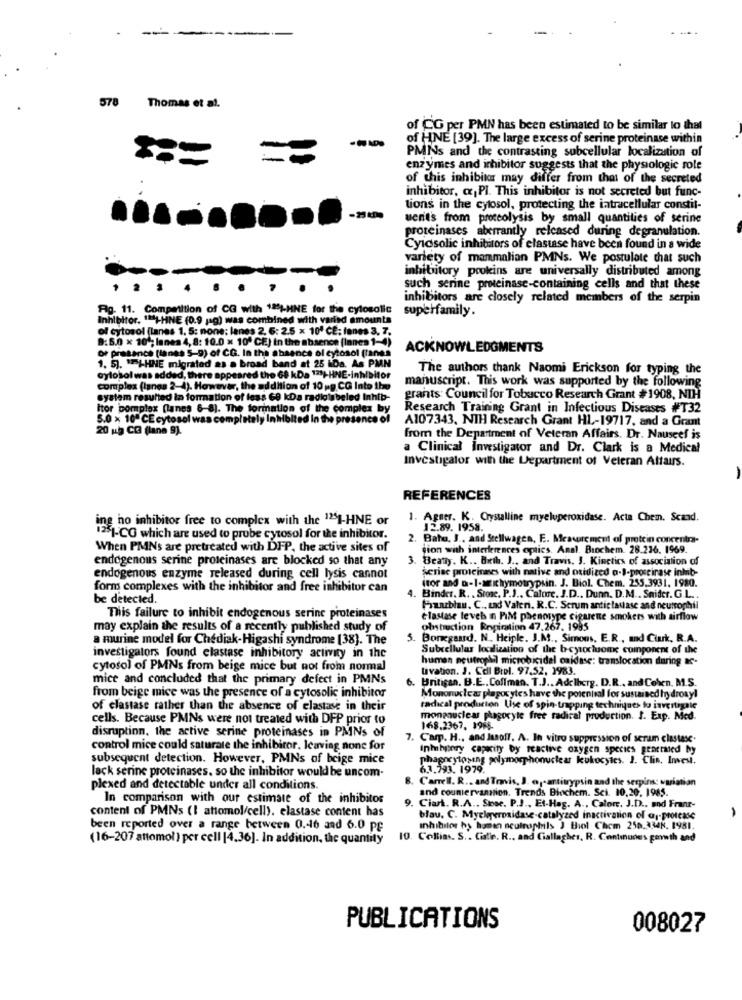
-------
578 Thomas et al.
of CG per PMN has been estimated to be similar to that
---
of HNE [39]. The large excess of serine proteinase within
PMNs and the contrasting subcellular localization of
enzymes and inhibitor suggests that the physiologic role
of this inhibitor may differ from that of the secreted
inhibitor, cx,PI. This inhibitor is not secreted but func-
tions in the cytosol, protecting the intracellular constil-
uenit's from proteolysis by small quantities of serine
proteinases aberrantly released during degranulation.
Cyicsolic inhibitors of elastase have been found in a wide
variety of mammalian PMNs. We postulate that such
inhibitory prokins are universally distributed among
.
such serine proteinase-containing cells and that these
inhibitors are closely related members of the serpin
Pg. 11. Competition of CG with 124-HNE for the cytosolic
superfamily.
Inhibitor. 11-HNE (0.9 jag) was combined with varied amounts
of cytosol (lanes 1. 5: none: lenes 2, 6: 2.5 x 10' CE: fanes 3. 7.
B:6.0 x 101; lanes 4, 8: 10.0 x 10º CE) In the absence (lanes 1-4)
Of presence (lanes 5-9) of CG. In the absence of cytosol (lanes
ACKNOWLEDGMENTS
1. 5). "PI-HNE migrated as a broad band at 25 MDa. As PMN
The authors thank Naomi Erickson for typing the
Gylosol was added, there appeared the 68 kDa 128)-HNE-inhibitor
manuscript. This work was supported by the following
complex (lanes 2-4). However, the addition of 10 ag CG Into the
system resulted in formation of less 68 kDa radioisbeled Inhib-
grants: Council for Tobacco Research Grant #1908, NTH
Itor complex (lanes 6-8). The formation of the complex by
Research Training Grant in Infectious Diseases #T32
5.0 x 10" CE cytosol was completely Inhibited in the presence
A107343, NIH Research Grant HL-19717, and a Grant
20 ub CO (lane 9).
from the Department of Veteran Affairs. Dr. Nauseef is
a Clinical Investigator and Dr. Clark is a Medical
Investigator with the Department of Veteran Altairs.
REFERENCES
ing no inhibitor free to complex with the 121-HNE or
. Agner. K. Crystalline myeluperoxidase. Acta Chem. Scand.
12.89. 1958.
1251-CO which are used to probe cytosol for the inhibitor.
. Bato, J ., and Stellwagen, E. Measurement of protein concentra-
When PMNs are pretreated with DFP, the active sites of
tion with interferences optics. Anal. Biochem. 28.236. 1969.
endogenous serine proteinases are blocked so that any
3.
Beaty. K .. Buth. J ., and Travis. 3. Kinetics of association of
seriee proteinnes with native and oxidized a-B-proscirase inhib-
endogenous enzyme released during cell lysis cannot
form complexes with the inhibitor and free inhibitor can
itor and o-I-sichymotrypsin. J. Biol. Chem. 255.3931, 1980.
be detected.
4. Binder. R. . Store. P.J .. Calore. J.D .. Dunn. D.M. . Snider. G.L ..
Fraublau. C ., und Valeri. R.C. Scrum antic lactase and neutrophil
This failure to inhibit endogenous serine proteinases
Elastase leveb n PIM phenotype cigarette smokers with airflow
may explain the results of a recently published study of
obstruction Ropiration 47.267. 1995
a murine model for Chediak-Higashi syndrome (38). The
5.
Bonegaurd. N ., Heiple. J.M ., Simoms, E.R ., ad Ciuk, R.A.
Subcellular localization of the b-cytocluome component of the
investigators found elastase inhibitory activity in the
human neutrophil microbicidal caidase: translocation during &-
cytosol of PMNs from beige mice but not from normal
uivation. J. Cell Biol. 97.52, 1983.
mice and concluded that the primary defect in PMNs
6.
Britigan. B.E .. Coffman. T.J .. Adelberg. D.R ., and Cohen. M.S.
from beige mice was the presence of a cytosolic inhibitor
Mononuclear plapocytes have the potential for sustained hydroxyl
of elastase rather than the absence of elastase in their
radical producton Use of spin-trapping techniques to investigsie
cells. Because PMNs were not treated with DFP prior to
monenuclear phagocyte free radical production. I. Exp. Med.
168.2367, 1968.
disruption. the active serine proteinases in PMNs of
7. Cam. H ., and Jusoff. A. In vitro suppression of seram clastase.
control mice could saturate the inhibitor. Icaving none for
Inhihpory capacity by reactive oxygen species peartmed by
subsequent detection. However, PMNs of beige mice
phagocytosing polymorphonuclear kukocytes. J. Clin. Invest.
lack serine proteinases. so the inhibitor would be uncom-
6.1.793. 1979.
Carrell. R .. and Travis, J. @ ,- antitrypsin and the serpins: variation
plexed and detectable under all conditions.
and couniervanntion. Trends Biochem. Sci. 10,20, 1985.
In comparison with our estimate of the inhibitor
content of PMNs (I attomol/cell). elastase content has
9. Ciart. R.A .. Sese. P.J ., Et-Hag. A ., Calore. J.D .. and Franr-
blau. C. Mycleperoxidase-catalyzed inactivation of @1-protease
been reported over a range between 0 .- 16 and 6.0 pf
Inhibitor hy human neutrophils ) Biol Chem 250.3348. 1981.
(16-207 attomol ) per cell |4.36]. In addition, the quantity
10. Collins. S. . Gialle. R ., and Ciallagher, R. Continuous gewth and
PUBLICATIONS
008027